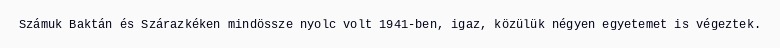
Számuk Baktán és Szárazkéken mindössze nyolc volt 1941-ben, igaz, közülük négyen egyetemet is végeztek.